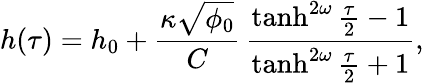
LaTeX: h(\tau)=h_{0}+\frac{\kappa\sqrt{\phi_{0}}}{C}\, \frac{\operatorname{tanh}^{2\omega}\frac{\tau}2-1}{\operatorname{tanh}^{2\omega}\frac{\tau}2+1},